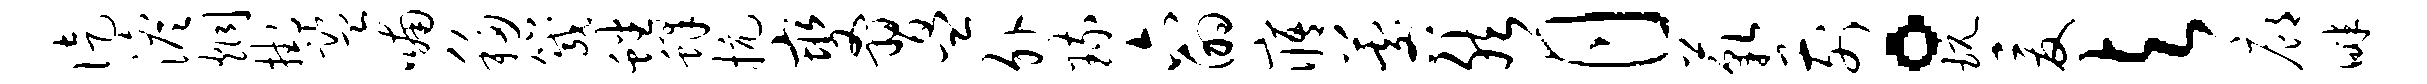
徒澹炯挂监喃移箴蟠蜂抗燮习皿外琉六的寤晷然月藐前。玩爰与廊畔